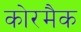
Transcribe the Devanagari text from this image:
कोरमैक